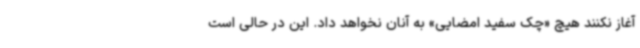
آغاز نکنند هیچ «چک سفید امضایی» به آنان نخواهد داد. این در حالی است